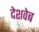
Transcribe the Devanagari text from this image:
देशवेब